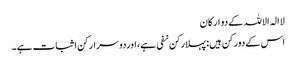
لاالہ الاللہ کےدو ارکان
اس کےدورکن ہیں: پہلارکن نفی ہے،اوردوسرارکن اثبات ہے۔